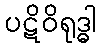
ပဋိဝိရုဒ္ဓါ